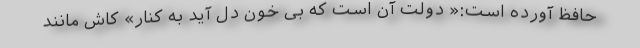
حافظ آورده است:« دولت آن است که بی خون دل آید به کنار» کاش مانند